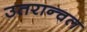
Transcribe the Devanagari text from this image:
उतरान्चल